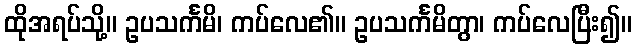
ထိုအရပ်သို့။ ဥပသင်္ကမိ၊ ကပ်လေ၏။ ဥပသင်္ကမိတွာ၊ ကပ်လေပြီး၍။